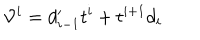
LaTeX: { \cal V } _ { } ^ { i } = d _ { i - 1 } ^ { \prime } t ^ { i } + t ^ { i + 1 } d _ { i }